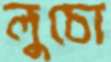
লুচো